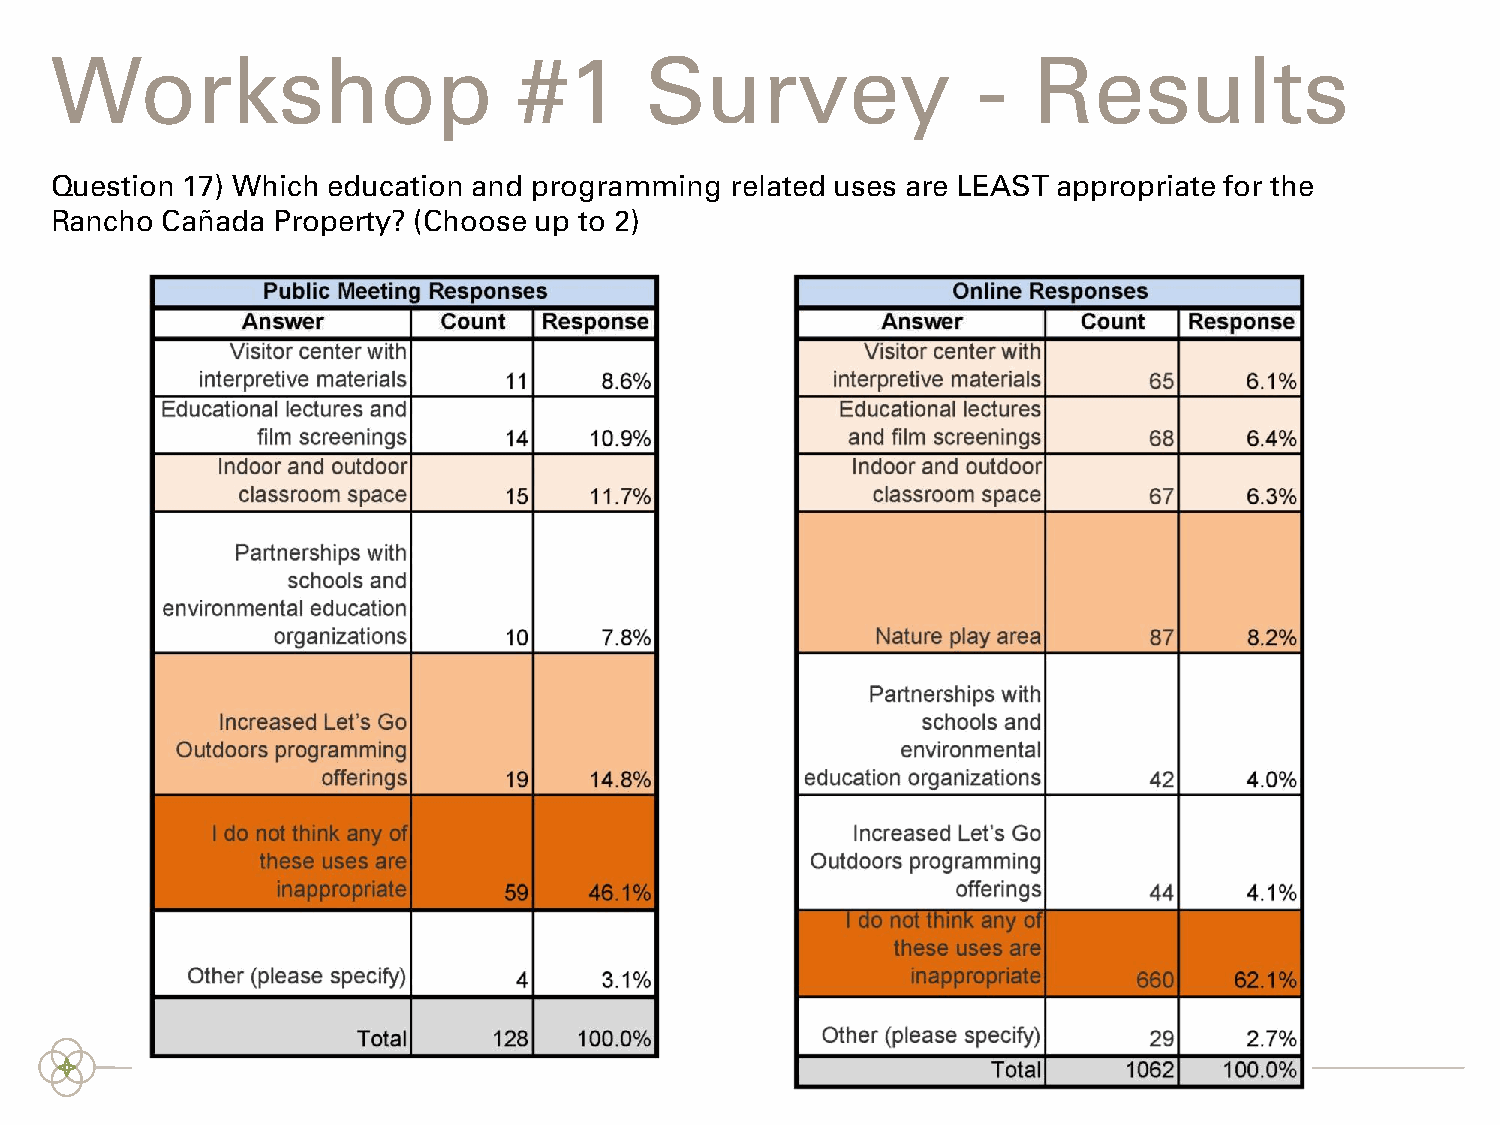
Workshop                       #1       Survey                -  Results
 Question 17) Which education and programming related uses are LEAST appropriate for the
 Rancho  Cañada Property? (Choose up to 2)